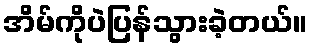
အိမ်ကိုပဲပြန်သွားခဲ့တယ်။